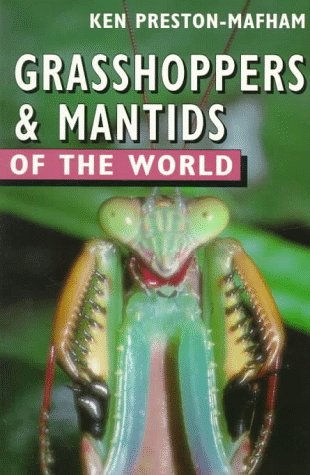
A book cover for Grasshoppers and Mantids of the World (Of the World Series); Ken Preston-Mafham; Sports & Outdoors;